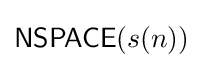
{\mathsf {NSPACE}}(s(n))